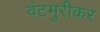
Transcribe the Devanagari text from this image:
वंटमुरीकर